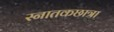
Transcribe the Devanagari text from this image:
स्नातकछात्रा